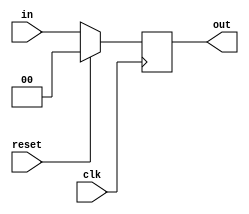
module reg_2bitne(out, in, reset, clk);

output 	[1:0] 	out;
reg 		[1:0] 	out;
input  	[1:0] 	in;
input 			clk, reset;

always @(posedge clk)

begin
	if(reset == 1'b1)
		out <= 0;
	else
		out <= in;
end

endmodule